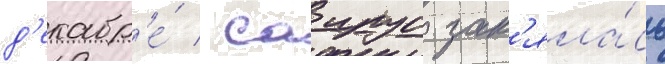
д'екабр'е́ / саирус зан'яла́сь